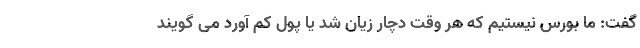
گفت: ما بورس نیستیم که هر وقت دچار زیان شد یا پول کم آورد می گویند